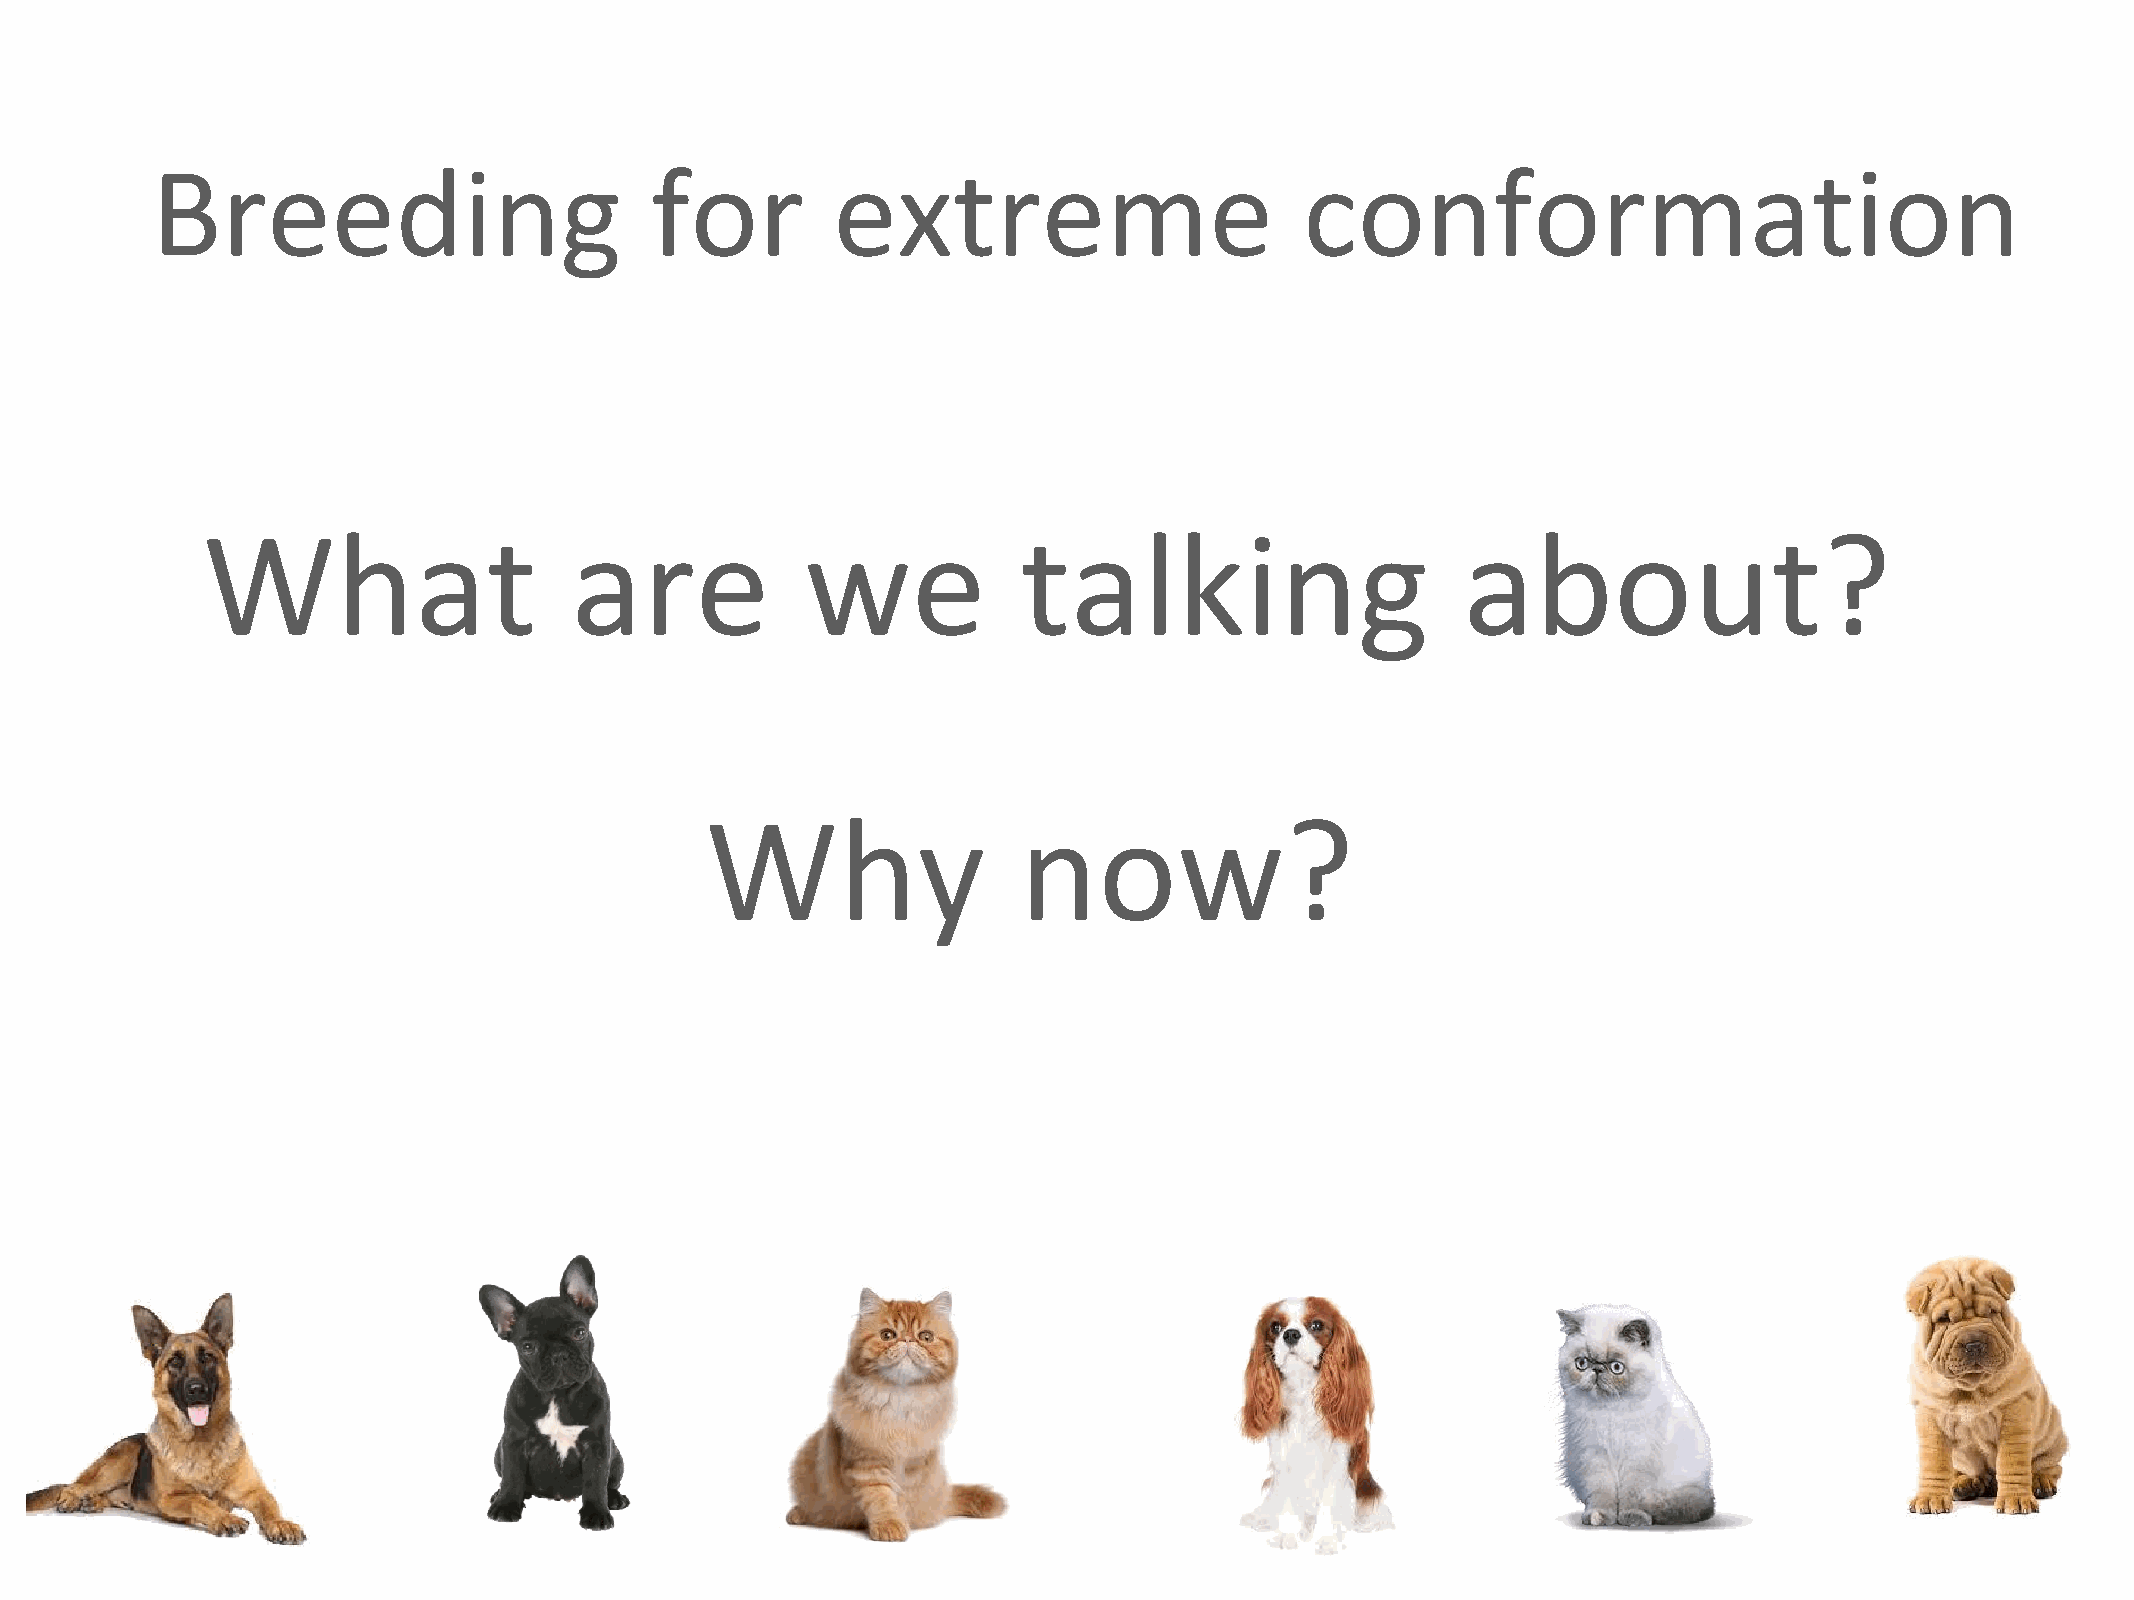
Breeding                         for         extreme                        conformation
 What                     are            we             talking                      about?
 Why                 now?
 FVE/        UEVP/           FECAVA              Position             paper          on     stray        dogs
 2007